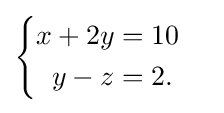
{\begin{cases}{\begin{aligned}x+2y&=10\\y-z&=2.\end{aligned}}\end{cases}}